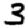
Digit: 3